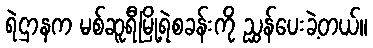
ရဲဌာနက မစ်ဆူရီမြို့ရဲစခန်းကို ညွှန်ပေးခဲ့တယ်။